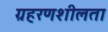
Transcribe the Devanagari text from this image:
ग्रहरणशीलता